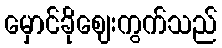
မှောင်ခိုဈေးကွက်သည်